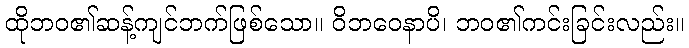
ထိုဘဝ၏ဆန့်ကျင်ဘက်ဖြစ်သော။ ဝိဘဝေနာပိ၊ ဘဝ၏ကင်းခြင်းလည်း။